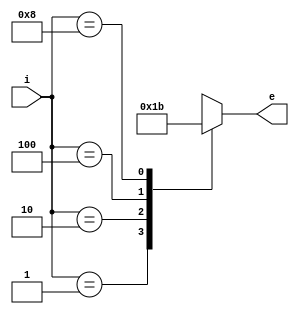
module encoder_4to2_case_default(i, e);
	input [3:0] i;
	output [1:0] e;
	reg [1:0] e;
	
	always @(*) begin
	casex(i)
	4'b0001: e = 2'b00;
	4'b0010: e = 2'b01;
	4'b0100: e = 2'b10;
	4'b1000: e = 2'b11;
	default: e = 2'bxx;
	endcase
	end
endmodule